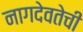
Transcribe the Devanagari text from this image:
नागदेवतेची